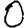
Digit: 0